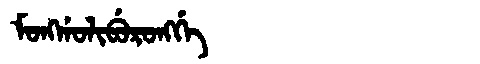
Manchu: ᠮᠣᠩᡤᠣᠯᡳᠪᡠᡵᠣᠩᡤᡝ
Romanization: MONGGOLIBURONGGE